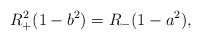
LaTeX: \begin{align*}R_{+}^{2}(1-b^{2})=R_{-}(1-a^{2}),\end{align*}